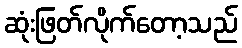
ဆုံးဖြတ်လိုက်တော့သည်